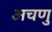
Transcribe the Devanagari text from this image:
अचणु